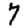
Digit: 7